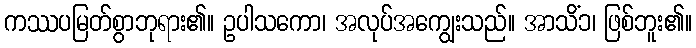
ကဿပမြတ်စွာဘုရား၏။ ဥပါသကော၊ အလုပ်အကျွေးသည်။ အာသိံ၁၊ ဖြစ်ဘူး၏။